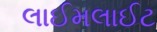
લાઈમલાઈટ